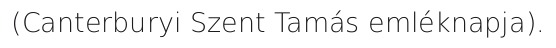
(Canterburyi Szent Tamás emléknapja).